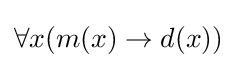
\forall x(m(x)\rightarrow d(x))